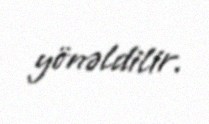
yönəldilir.